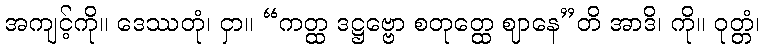
အကျင့်ကို။ ဒေဿတုံ၊ ငှာ။ “ကတ္ထ ဒဋ္ဌဗ္ဗော စတုတ္ထေ ဈာနေ”တိ အာဒိ၊ ကို။ ဝုတ္တံ၊